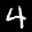
Label: 4